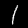
Digit: 1